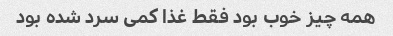
همه چیز خوب بود فقط غذا کمی سرد شده بود